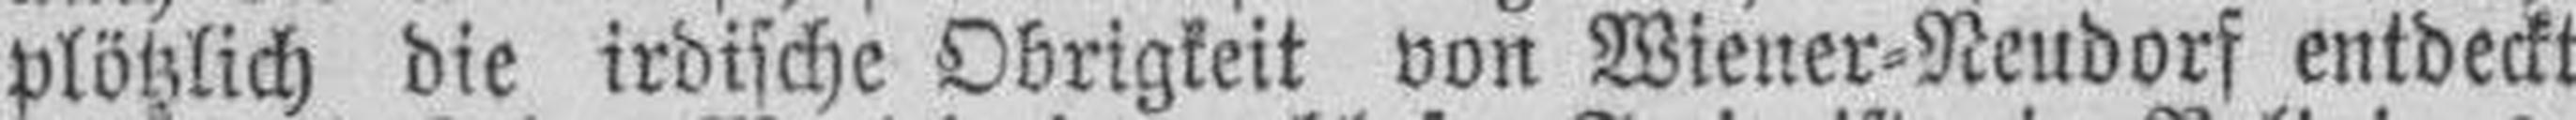
plötzlich die irdische Obrigkeit von Wiener=Neudorf entdeckt